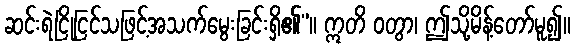
ဆင်းရဲငြိုငြင်သဖြင့်အသက်မွေးခြင်းရှိ၏”။ ဣတိ ဝတွာ၊ ဤသို့မိန့်တော်မူ၍။